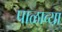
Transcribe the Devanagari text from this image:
पाळाव्या